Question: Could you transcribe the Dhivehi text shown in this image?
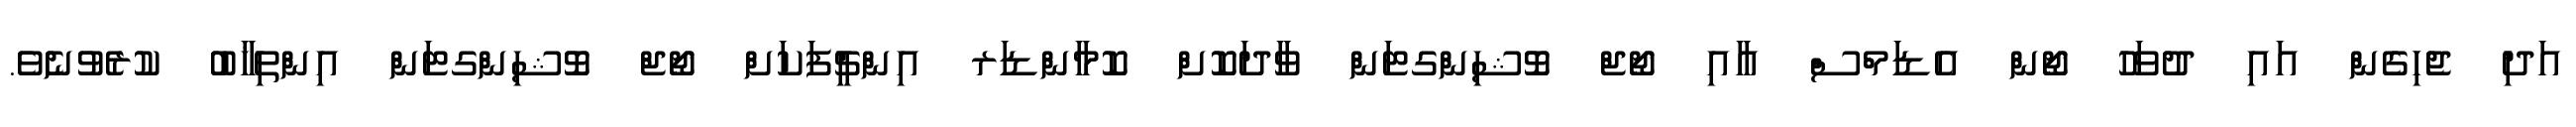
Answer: އަދި ޖެހިގެން އައި ދުވަހު ޖޯން އެޑަމްސް އާއި ޖޯޖް ވޮޝިންގޓަން ވާދަކޮށް ކޮމާންޑަރ އިންޗީފަކަށް ޖޯޖް ވޮޝިންގޓަން އިންތިޚާބު ކުރެވުނެވެ.